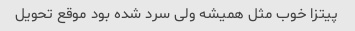
پیتزا خوب مثل همیشه ولی سرد شده بود موقع تحویل